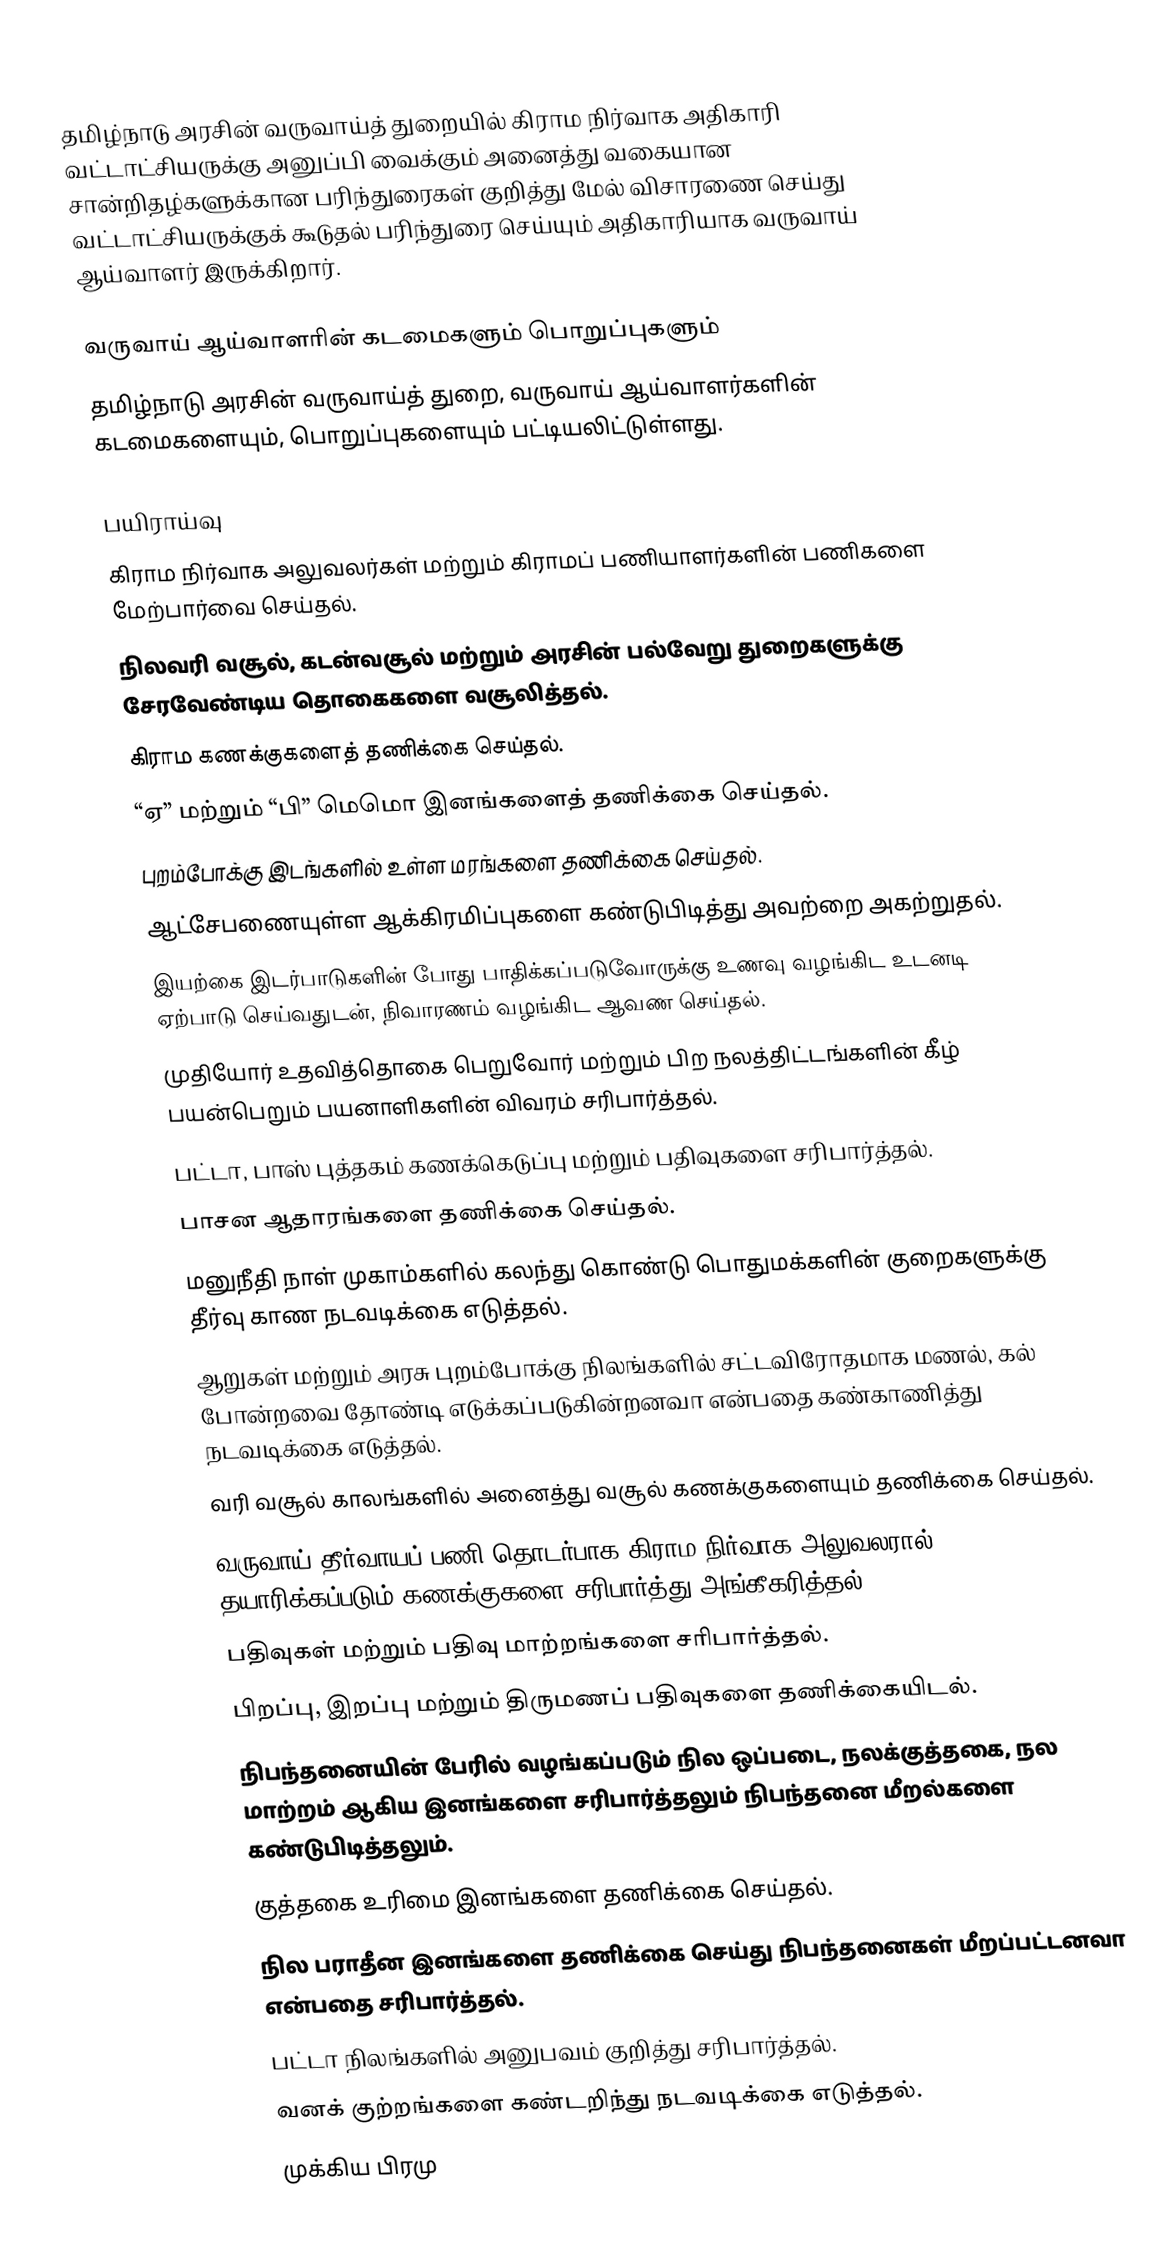
தமிழ்நாடு அரசின் வருவாய்த் துறையில் கிராம நிர்வாக அதிகாரி வட்டாட்சியருக்கு அனுப்பி வைக்கும் அனைத்து வகையான சான்றிதழ்களுக்கான பரிந்துரைகள் குறித்து மேல் விசாரணை செய்து வட்டாட்சியருக்குக் கூடுதல் பரிந்துரை செய்யும் அதிகாரியாக வருவாய் ஆய்வாளர் இருக்கிறார்.

வருவாய் ஆய்வாளரின் கடமைகளும் பொறுப்புகளும்
தமிழ்நாடு அரசின் வருவாய்த் துறை,  வருவாய் ஆய்வாளர்களின்  கடமைகளையும், பொறுப்புகளையும் பட்டியலிட்டுள்ளது.

 பயிராய்வு
 கிராம நிர்வாக அலுவலர்கள் மற்றும் கிராமப் பணியாளர்களின் பணிகளை மேற்பார்வை செய்தல்.
 நிலவரி வசூல், கடன்வசூல் மற்றும் அரசின் பல்வேறு துறைகளுக்கு சேரவேண்டிய தொகைகளை வசூலித்தல்.
 கிராம கணக்குகளைத் தணிக்கை செய்தல்.
 “ஏ” மற்றும் “பி” மெமொ இனங்களைத் தணிக்கை செய்தல்.
 புறம்போக்கு இடங்களில் உள்ள மரங்களை தணிக்கை செய்தல்.
 ஆட்சேபணையுள்ள ஆக்கிரமிப்புகளை கண்டுபிடித்து அவற்றை அகற்றுதல்.
 இயற்கை இடர்பாடுகளின் போது பாதிக்கப்படுவோருக்கு உணவு வழங்கிட உடனடி ஏற்பாடு செய்வதுடன், நிவாரணம் வழங்கிட ஆவண செய்தல்.
 முதியோர் உதவித்தொகை பெறுவோர் மற்றும் பிற நலத்திட்டங்களின் கீழ் பயன்பெறும் பயனாளிகளின் விவரம் சரிபார்த்தல்.
 பட்டா, பாஸ் புத்தகம் கணக்கெடுப்பு மற்றும் பதிவுகளை சரிபார்த்தல்.
 பாசன ஆதாரங்களை தணிக்கை செய்தல்.
 மனுநீதி நாள் முகாம்களில் கலந்து கொண்டு பொதுமக்களின் குறைகளுக்கு தீர்வு காண நடவடிக்கை எடுத்தல்.
 ஆறுகள் மற்றும் அரசு புறம்போக்கு நிலங்களில் சட்டவிரோதமாக மணல், கல் போன்றவை தோண்டி எடுக்கப்படுகின்றனவா என்பதை கண்காணித்து நடவடிக்கை எடுத்தல்.
 வரி வசூல் காலங்களில் அனைத்து வசூல் கணக்குகளையும் தணிக்கை செய்தல்.
 வருவாய் தீர்வாயப் பணி தொடர்பாக கிராம நிர்வாக அலுவலரால் தயாரிக்கப்படும் கணக்குகளை சரிபார்த்து அங்கீகரித்தல்.
 பதிவுகள் மற்றும் பதிவு மாற்றங்களை சரிபார்த்தல்.
 பிறப்பு, இறப்பு மற்றும் திருமணப் பதிவுகளை தணிக்கையிடல்.
 நிபந்தனையின் பேரில் வழங்கப்படும் நில ஒப்படை, நலக்குத்தகை, நல மாற்றம் ஆகிய இனங்களை சரிபார்த்தலும் நிபந்தனை மீறல்களை கண்டுபிடித்தலும்.
 குத்தகை உரிமை இனங்களை தணிக்கை செய்தல்.
 நில பராதீன இனங்களை தணிக்கை செய்து நிபந்தனைகள் மீறப்பட்டனவா என்பதை சரிபார்த்தல்.
 பட்டா நிலங்களில் அனுபவம் குறித்து சரிபார்த்தல்.
 வனக் குற்றங்களை கண்டறிந்து நடவடிக்கை எடுத்தல்.
 முக்கிய பிரமு